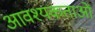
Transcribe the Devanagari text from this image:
आवश्यकताआें